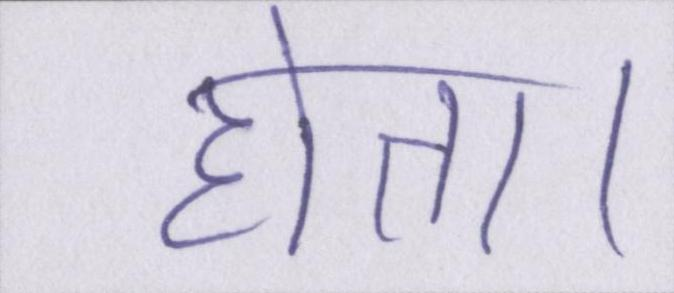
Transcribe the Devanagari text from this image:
होता।